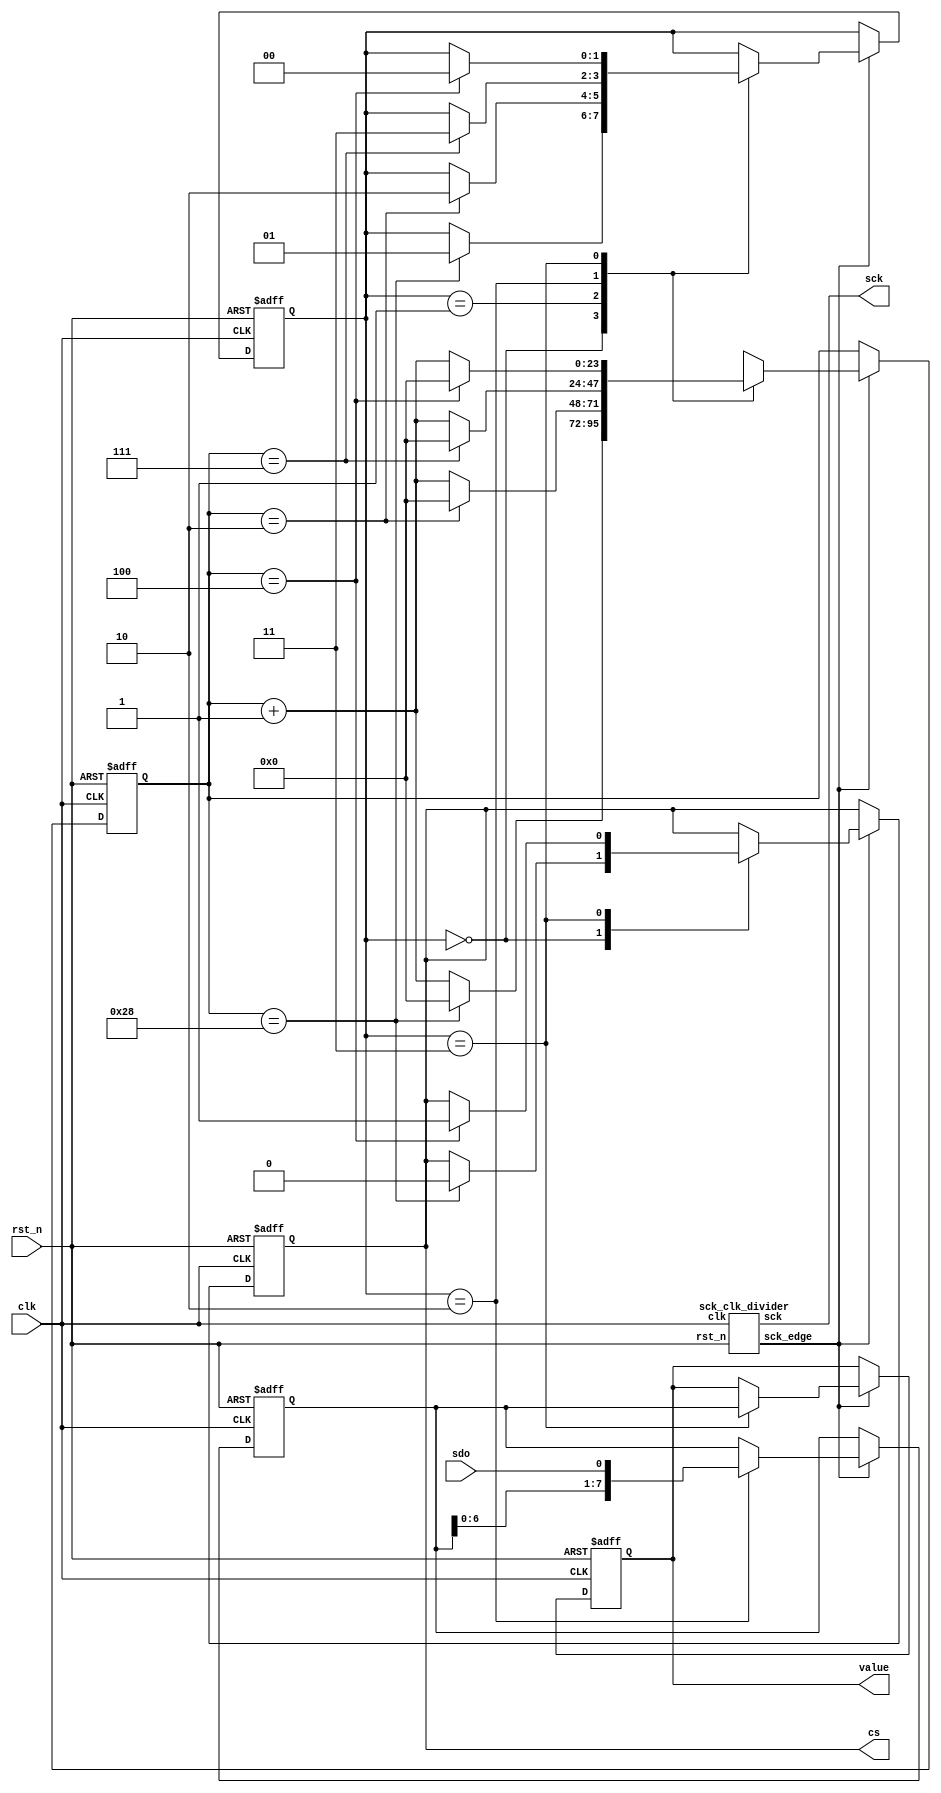
// This program was cloned from: https://github.com/RomeoMe5/DDLM
// License: MIT License

/*
 * Digital Design Lab Manual
 * Lab #9
 *
 * Copyright(c) 2017 Stanislav Zhelnio 
 *
 */

module pmod_als
#(
    parameter QUERY_DELAY = 40
)
(
    input             clk,
    input             rst_n,
    output reg        cs,
    output            sck,
    input             sdo,
    output reg  [7:0] value
);

    localparam  S_IDLE       = 0,
                S_PREFIX     = 1,
                S_DATA       = 2,
                S_POSTFIX    = 3;

    localparam  IDLE_SIZE    = QUERY_DELAY,
                PREFIX_SIZE  = 2,
                DATA_SIZE    = 7,
                POSTFIX_SIZE = 4;

    // sck clock divider
    wire sck_edge;
    sck_clk_divider scd
    (
        .clk        ( clk      ),
        .rst_n      ( rst_n    ),
        .sck        ( sck      ),
        .sck_edge   ( sck_edge )
    );

    // State hold registers
    reg  [ 1:0] State;
    reg  [23:0] cnt;
    reg  [ 7:0] buffer;

    // Next state determining
    always @ (posedge clk or negedge rst_n)
        if(~rst_n) begin
            State  <= S_IDLE;
            cnt    <= 24'b0;
            buffer <= 8'b0;
            value  <= 8'b0;
            cs     <= 1'b1;
            end
        else begin
            if (sck_edge)
                case(State) 
                    S_IDLE    : begin 
                                    if(cnt == IDLE_SIZE) begin
                                        State <= S_PREFIX;
                                        cs <= 1'b0;
                                    end
                                    cnt <= (cnt == IDLE_SIZE) ? 0 : cnt + 1;
                                end
                    S_PREFIX  : begin 
                                    if(cnt == PREFIX_SIZE) State <= S_DATA;
                                    cnt <= (cnt == PREFIX_SIZE) ? 0 : cnt + 1;
                                end
                    S_DATA    : begin 
                                    if(cnt == DATA_SIZE) State <= S_POSTFIX;
                                    cnt <= (cnt == DATA_SIZE) ? 0 : cnt + 1;
                                    buffer <= { buffer[6:0], sdo };
                                end
                    S_POSTFIX : begin 
                                    if(cnt == POSTFIX_SIZE) begin
                                        State <= S_IDLE;
                                        cs <= 1'b1;
                                    end
                                    cnt <= (cnt == POSTFIX_SIZE) ? 0 : cnt + 1;
                                    value <= buffer;
                                end
                endcase
        end

endmodule


module sck_clk_divider
(
    input       clk,
    input       rst_n,
    output  reg sck,
    output  reg sck_edge
);
    localparam  S_DOWN = 0,
                S_EDGE = 1,
                S_UP   = 2;

    localparam  DOWN_SIZE = 7,
                UP_SIZE = DOWN_SIZE - 1; // because 1 cycle of S_EDGE;

    // State hold registers
    reg  [1:0] State;
    reg  [2:0] cnt;

    // Next state determining
    always @ (posedge clk or negedge rst_n)
        if(~rst_n) begin
            State  <= S_DOWN;
            cnt    <= 3'b0;
            end
        else begin
            case(State) 
                S_DOWN : begin 
                            if(cnt == DOWN_SIZE) begin
                                State <= S_EDGE;
                                sck_edge <= 1'b1;
                                sck <= 1'b1;
                            end
                            cnt <= (cnt == DOWN_SIZE) ? 0 : cnt + 1;
                         end
                S_EDGE : begin 
                            State <= S_UP; 
                            cnt <= 0;
                            sck_edge <= 1'b0;
                         end
                S_UP   : begin 
                            if(cnt == UP_SIZE) begin
                                State <= S_DOWN;
                                sck <= 1'b0;
                            end
                            cnt <= (cnt == UP_SIZE) ? 0 : cnt + 1;
                         end
            endcase
        end

endmodule